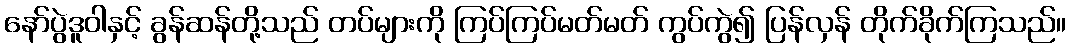
နော်ပွဲဒူဝါနှင့် ခွန်ဆန်တို့သည် တပ်များကို ကြပ်ကြပ်မတ်မတ် ကွပ်ကွဲ၍ ပြန်လှန် တိုက်ခိုက်ကြသည်။